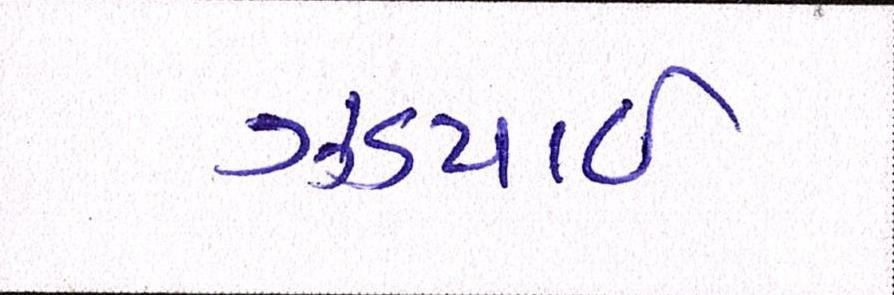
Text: ઝડપાઈ